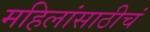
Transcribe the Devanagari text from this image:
महिलांसाठीचं